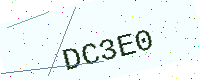
Text: DC3E0